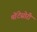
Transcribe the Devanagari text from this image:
मोंटेसोरी